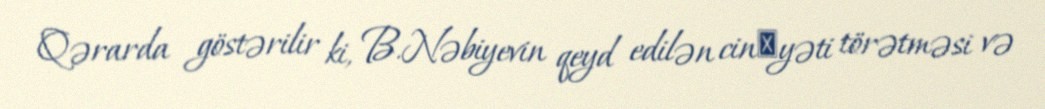
Qərarda göstərilir ki, B.Nəbiyevin qeyd edilən cinаyəti törətməsi və